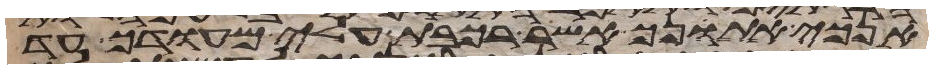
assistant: אנכי אתנך אשר רכבת עלי מהודך עד